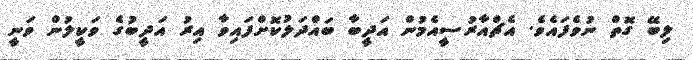
ލިބޭ ގޮތް ނުވެފައެވެ. އެޗްއާރުސީއެމުން އަދީބާ ބައްދަލުކޮށްފައިވާ އިރު އަދީބުގެ ވަކީލުން ވަނީ